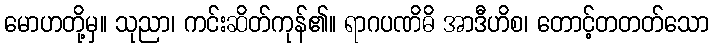
မောဟတို့မှ။ သုညာ၊ ကင်းဆိတ်ကုန်၏။ ရာဂပဏိဓိ အာဒီဟိစ၊ တောင့်တတတ်သော